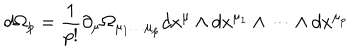
d \Omega _ { p } = \frac { 1 } { p ! } \partial _ { \mu } \Omega _ { \mu _ { 1 } \dots \mu _ { p } } d x ^ { \mu } \wedge d x ^ { \mu _ { 1 } } \wedge \dots \wedge d x ^ { \mu _ { p } }